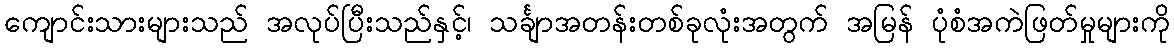
ကျောင်းသားများသည် အလုပ်ပြီးသည်နှင့်၊ သင်္ချာအတန်းတစ်ခုလုံးအတွက် အမြန် ပုံစံအကဲဖြတ်မှုများကို